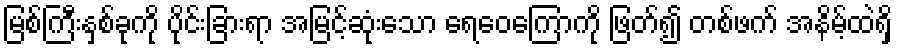
မြစ်ကြီးနှစ်ခုကို ပိုင်းခြားရာ အမြင့်ဆုံးသော ရေဝေကြောကို ဖြတ်၍ တစ်ဖက် အနိမ့်ထဲရှိ